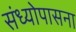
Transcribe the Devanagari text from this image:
संध्योपासना